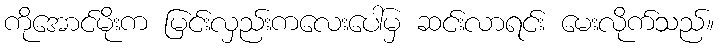
ကိုအောင်မိုးက မြင်းလှည်းကလေးပေါ်မှ ဆင်းလာရင်း မေးလိုက်သည်။